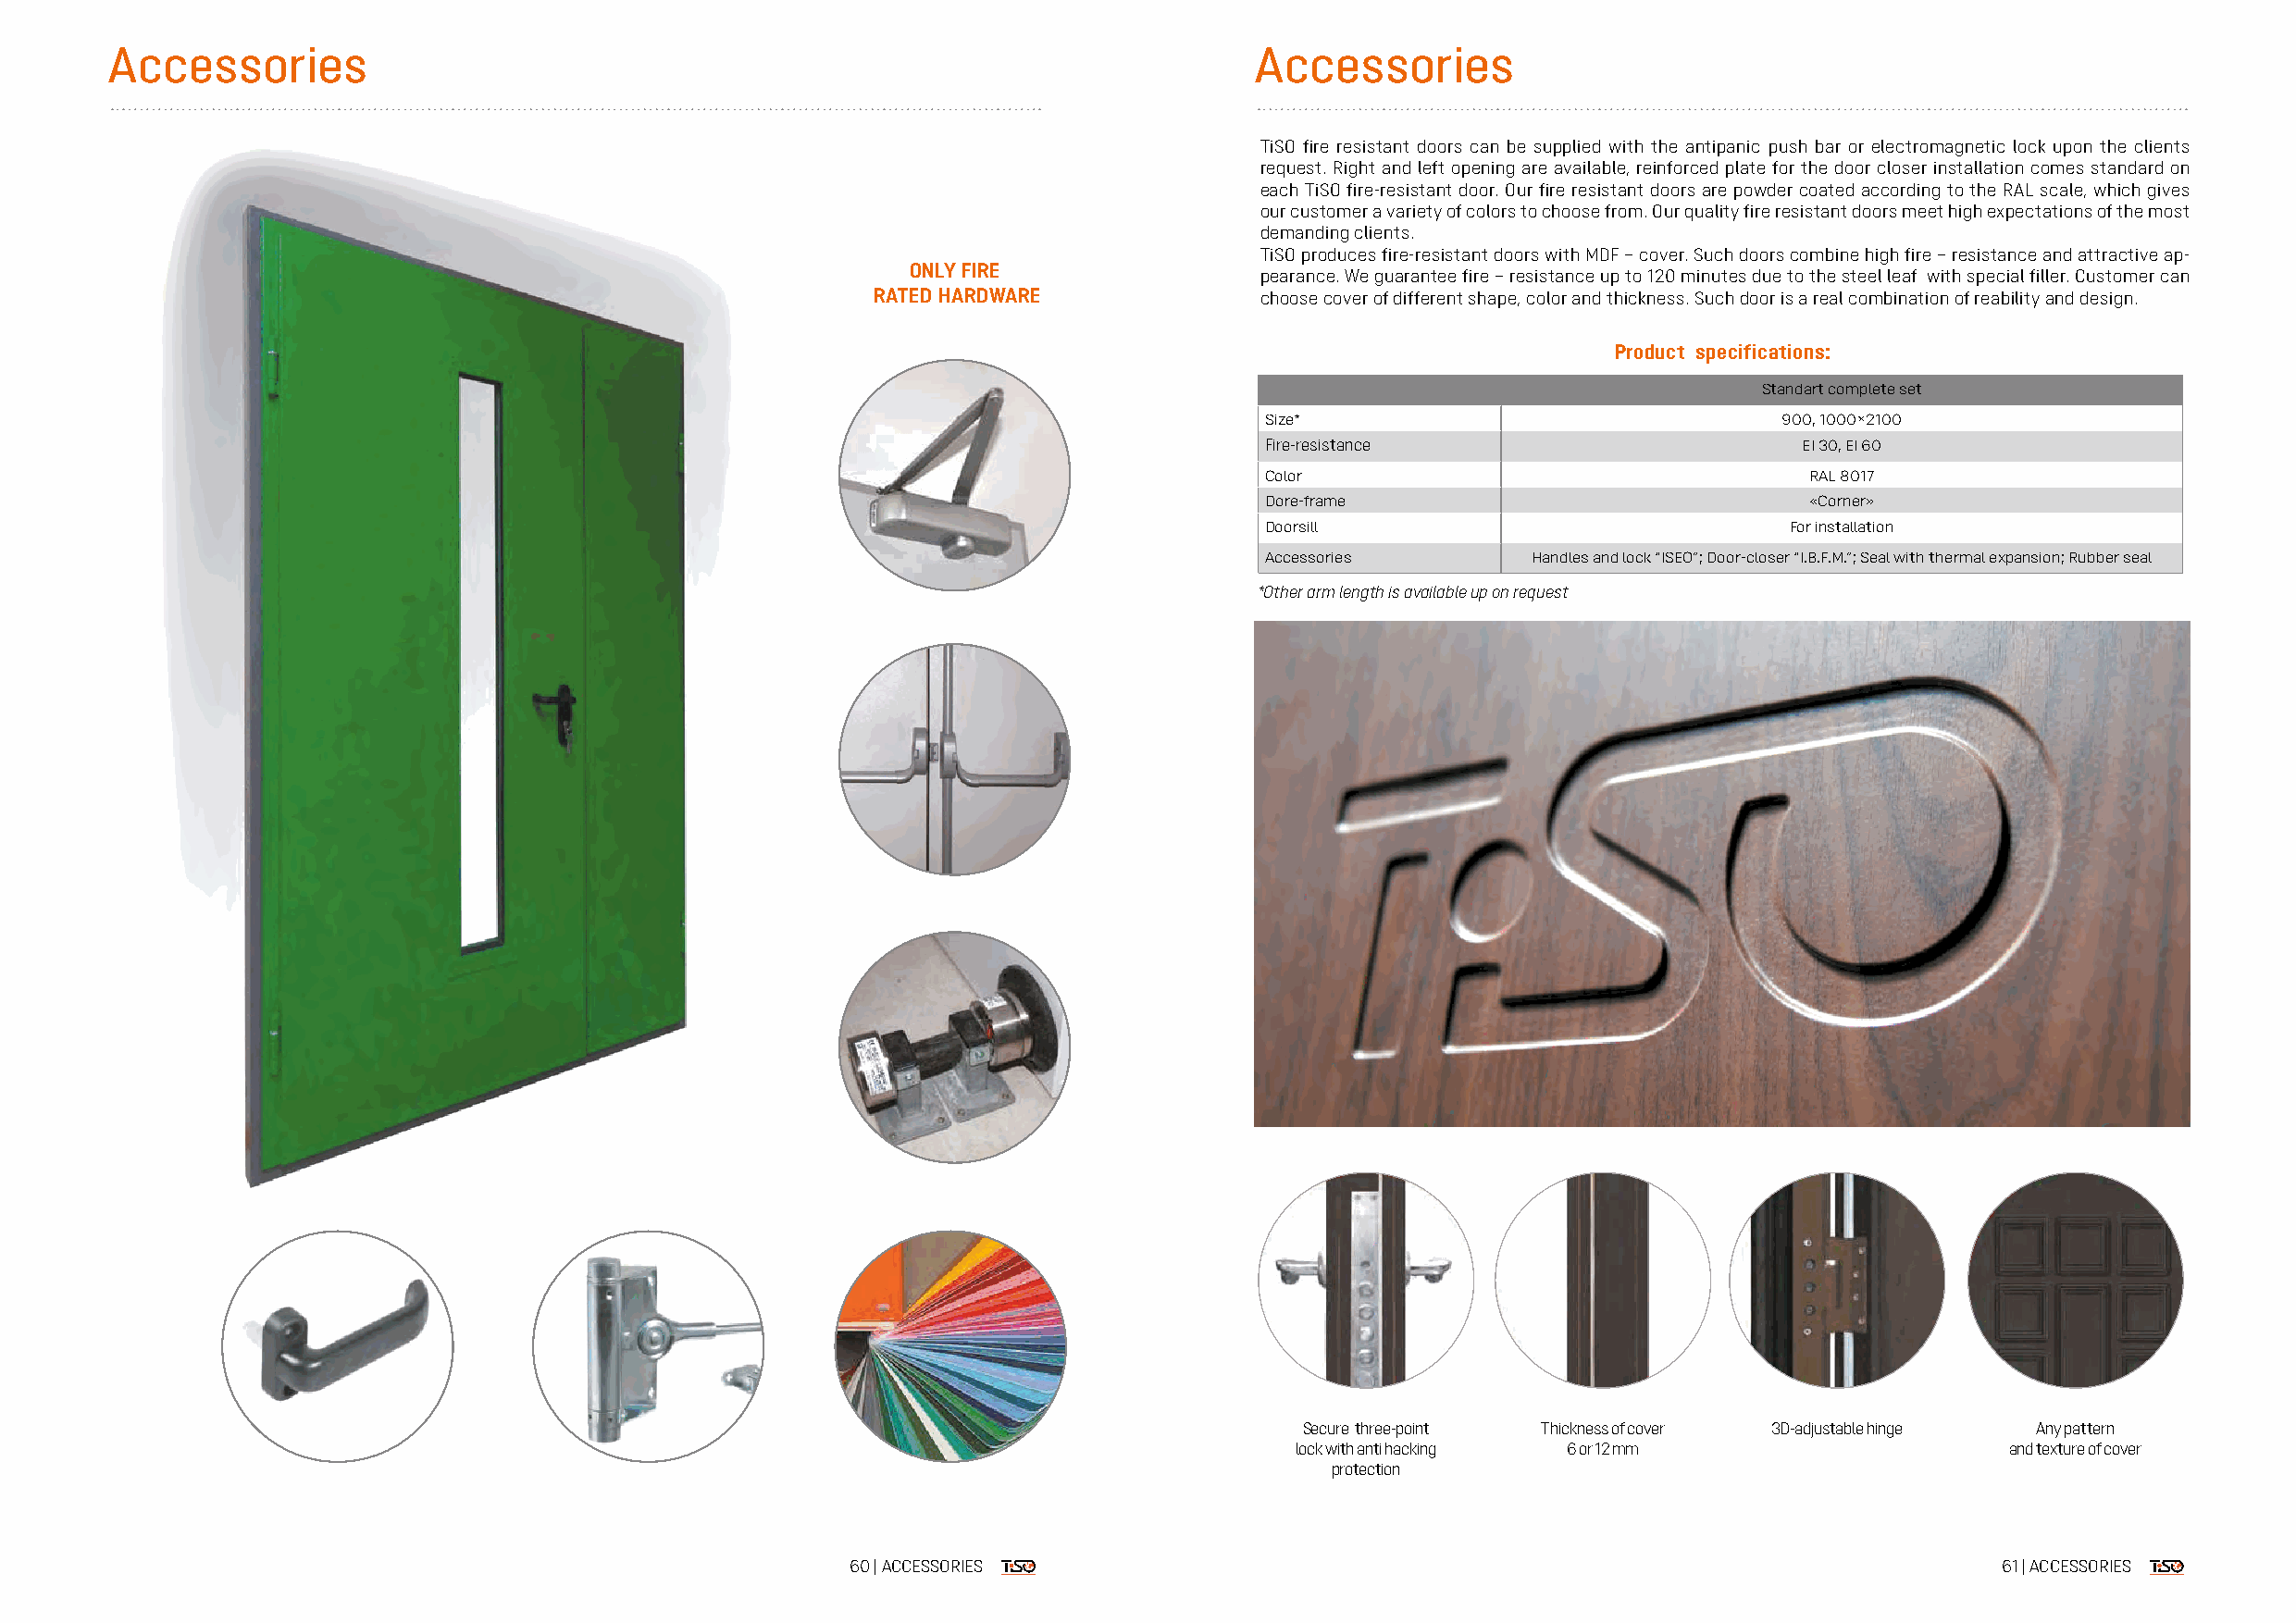
Accessories                                                                       Accessories
 TiSO fire resistant doors can be supplied with the antipanic push bar or electromagnetic lock upon the clients
 request. Right and left opening are available, reinforced plate for the door closer installation comes standard on
 each TiSO fire-resistant door. Our fire resistant doors are powder coated according to the RAL scale, which gives
 our customer a variety of colors to choose from. Our quality fire resistant doors meet high expectations of the most
 demanding clients.
 TiSO produces fire-resistant doors with MDF – cover. Such doors combine high fire – resistance and attractive ap-
 ONLY FIRE
 pearance. We guarantee fire – resistance up to 120 minutes due to the steel leaf with special filler. Customer can
 RATED HARDWARE             choose cover of different shape, color and thickness. Such door is a real combination of reability and design.
 Product specifications:
 Standart complete set
 Size*                                900, 1000×2100
 Fire-resistance                        EI 30, EI 60
 Color                                  RAL 8017
 Dore-frame                             «Corner»
 Doorsill                              For installation
 Accessories         Handles and lock “ISEO”; Door-closer “I.B.F.M.”; Seal with thermal expansion; Rubber seal
 *Other arm length is available up on request
 Secure three-point Thickness of cover 3D-adjustable hinge Any pattern
 lock with anti hacking 6 or 12 mm                  and texture of cover
 protection
 60 | ACCESSORIES                                                                  61 | ACCESSORIES